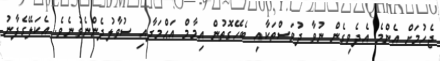
ޖެހުމަށް އެންމެ އެދެވިގެން ނުވާ ދުވަސްތަކާއި ބެހޭގޮތުން އިމާމް އަޙްމަދާއި ސުވާލުދެންނެވުނެވެ. އެކަލޭގެފާނު